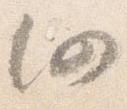
仍